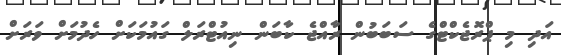
އަދި މި ޕްރޮޖެކްޓްގެ ސަބަބުން ރާއްޖެ ކާބަން ނިއުޓްރަލް ގައުމަކަށް ހެދުމަށް ވަރަށް